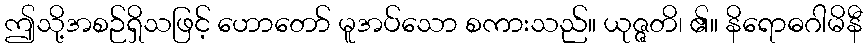
ဤသို့အစဉ်ရှိသဖြင့် ဟောတော် မူအပ်သော စကားသည်။ ယုဇ္ဇတိ၊ ၏။ နိရောဓဂါမိနီ